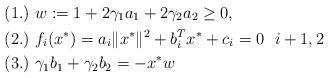
LaTeX: \begin{align*} &(1.)\ w:=1+2\gamma_1 a_1+2\gamma_2 a_2\ge0,\ \ \\ &(2.)\ f_{i}(x^{*})=a_{i}\|x^{*}\|^{2}+b_{i}^{T} x^{*}+c_{i}=0 \ \ i+1,2\ \\ &(3.)\ \gamma_1 b_{1}+\gamma_2b_2=-x^{*}w\ \end{align*}